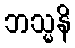
ဘသ္မနိ